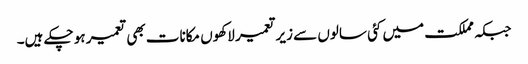
جبکہ مملکت میں کئی سالوں سے زیر تعمیر لاکھوں مکانات بھی تعمیر ہو چکے ہیں۔